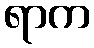
ရာက